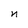
Character: n